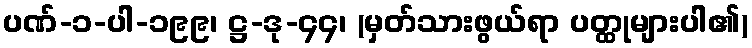
ပဏ်-၁-ပါ-၁၉၉၊ ဋ္ဌ-ဒု-၄၄၊ (မှတ်သားဖွယ်ရာ ပတ္ထုများပါ၏)